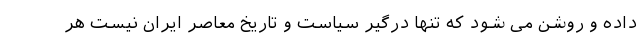
داده و روشن می شود که تنها درگیر سیاست و تاریخ معاصر ایران نیست هر